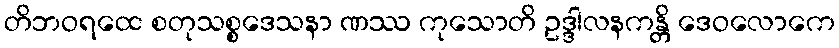
တိဘဝရထေ စတုသစ္စဒေသနာ ဏဿ ကုသောတိ ဥဒ္ဒါလနကန္တိ ဒေဝလောကေ